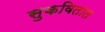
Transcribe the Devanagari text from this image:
सुकवितात